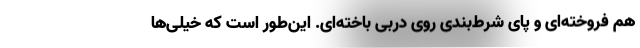
هم فروخته‌ای و پای شرط‌بندی روی دربی باخته‌ای. این‌طور است که خیلی‌ها